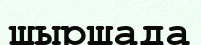
шыршада